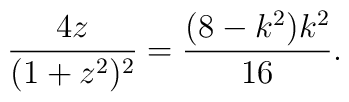
\frac{4z}{(1+z^2)^2}=\frac{(8-k^2)k^2}{16}.